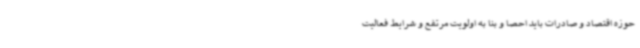
حوزه اقتصاد و صادرات باید احصا و بنا به اولویت مرتفع و شرایط فعالیت